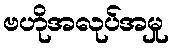
ဗဟိုအလုပ်အမှု